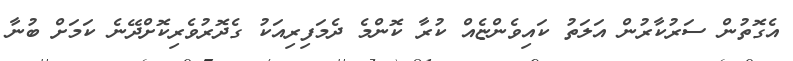
އެގޮތުން ސަރުކާރުން އަލަތު ކައިވެންޏެއް ކުރާ ކޮންމެ ދެމަފިރިއަކު ގެދޮރުވެރިކޮށްދޭނެ ކަމަށް ބުނާ